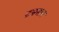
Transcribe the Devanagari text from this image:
टनमान